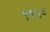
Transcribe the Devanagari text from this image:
९९५८